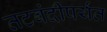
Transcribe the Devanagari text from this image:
तटबंदीपर्यंत